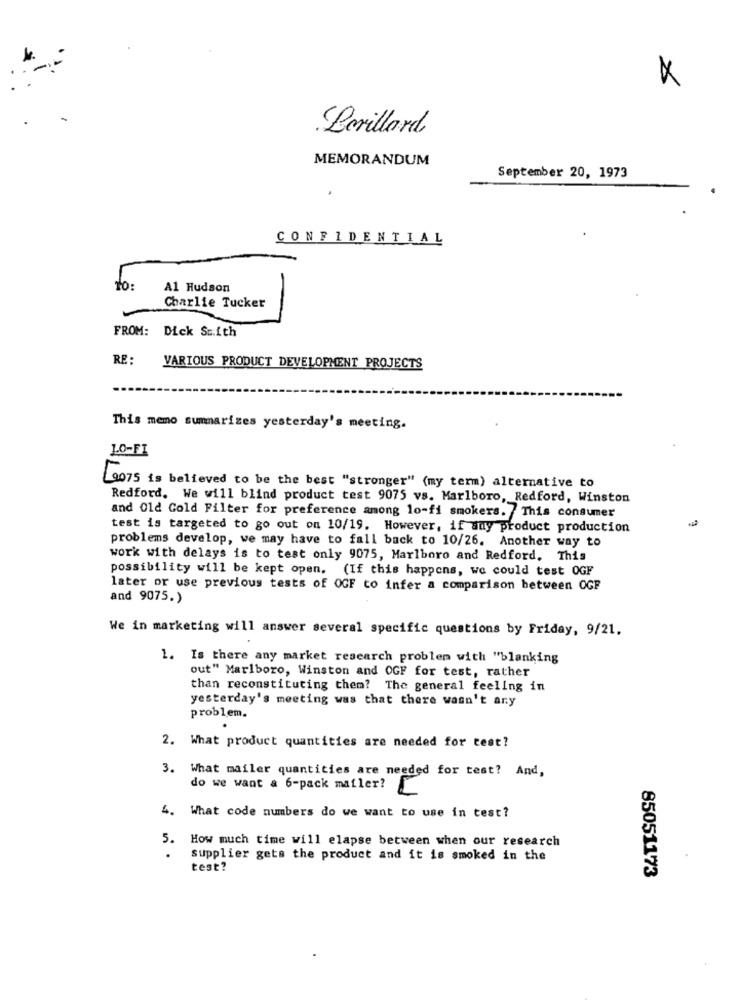
Bevillard
MEMORANDUM
September 20, 1973
CONFIDENTIAL
TO:
Al Hudson
Charlie Tucker
FROM: Dick Smith
RE :
VARIOUS PRODUCT DEVELOPMENT PROJECTS
This memo summarizes yesterday's meeting.
1.0-FI
(0075 is believed to be the best "stronger" (my term) alternative to
Redford. We will blind product test 9075 vs. Marlboro, Redford, Winston
and Old Gold Filter for preference among lo-fi smokers. This consumer
test is targeted to go out on 10/19. However, if any product production
problems develop, we may have to fall back to 10/26. Another way to
work with delays is to test only 9075, Marlboro and Redford. This
possibility will be kept open. (If this happens, we could test OGF
later or use previous tests of OGF to infer a comparison between OGF
and 9075.)
We in marketing will answer several specific questions by Friday, 9/21.
1. Is there any market research problem with "blanking
out" Marlboro, Winston and OGF for test, rather
than reconstituting them? The general feeling in
yesterday's meeting was that there wasn't ary
problem.
2. What product quantities are needed for test?
3. What mailer quantities are needed for test? And,
do we want a 6-pack mailer? [
4. What code numbers do we want to use in test?
5.
How much time will elapse between when our research
.
supplier gets the product and it is smoked in the
test?
85051173